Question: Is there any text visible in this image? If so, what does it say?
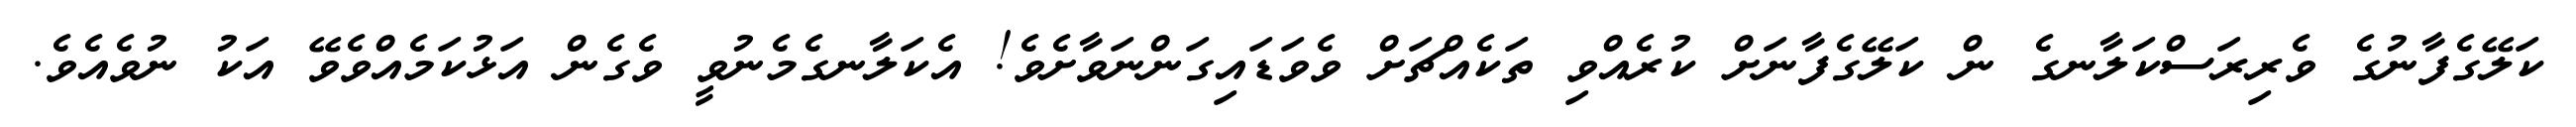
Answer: ކަލޭގެފާނުގެ ވެރިރަސްކަލާނގެ ން ކަލޭގެފާނަށް ކުރެއްވި ތަކެއްޗަށް ވެވަޑައިގަންނަވާށެވެ! އެކަލާނގެމެނުވީ ވެގެން އަޅުކަމެއްވެވޭ އަކު ނުވެއެވެ.